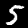
Label: 5